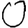
Digit: 0